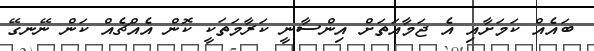
ބައެއް ކަމަށާއި އެ ޖަމާއަތަށް އިންސާނީ ކަރާމަތަކީ ކޮން އެއްޗެއް ކަން ނޭނގޭ